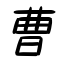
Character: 曹